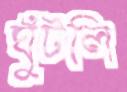
ঘুঁটলি